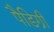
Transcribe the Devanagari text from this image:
पैडिग्री